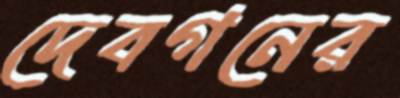
দেবগনের